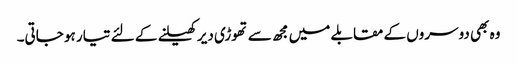
وہ بھی دوسروں کے مقابلے میں مجھ سے تھوڑی دیر کھیلنے کے لئے تیار ہو جاتی۔